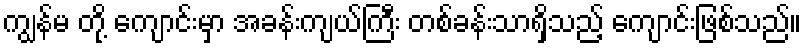
ကျွန်မ တို့ ကျောင်းမှာ အခန်းကျယ်ကြီး တစ်ခန်းသာရှိသည့် ကျောင်းဖြစ်သည်။